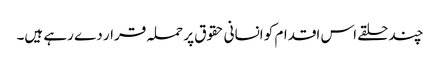
چند حلقے اس اقدام کو انسانی حقوق پر حملہ قرار دے رہے ہیں۔